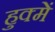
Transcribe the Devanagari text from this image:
हुक्में